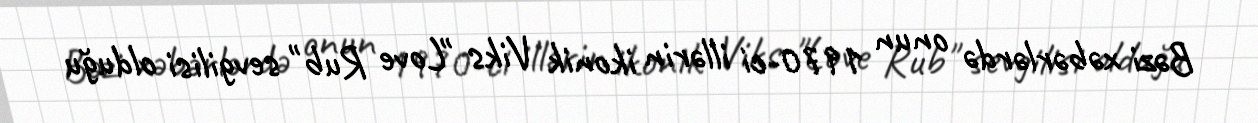
Bəzi xəbərlərdə onun 1970-ci illərin ikonik Viks "Love Rub" sevgilisi olduğu